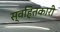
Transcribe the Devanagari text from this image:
स्वहितकारी